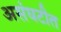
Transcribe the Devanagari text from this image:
असंघटीत